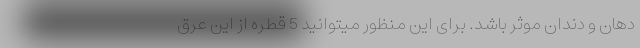
دهان و دندان موثر باشد. برای این منظور میتوانید 5 قطره از این عرق